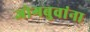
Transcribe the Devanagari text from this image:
जोगबुवांना